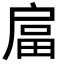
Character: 𭠇